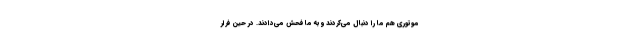
موتوری هم ما را دنبال می‌کردند و به ما فحش می‌دادند. در حین فرار